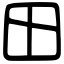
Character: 田